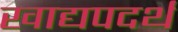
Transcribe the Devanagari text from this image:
खाद्यपदर्थ